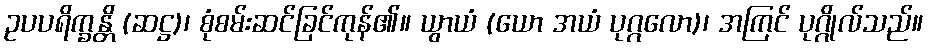
ဥပပရိက္ခန္တိ (ဆဋ္ဌ)၊ စုံစမ်းဆင်ခြင်ကုန်၏။ ယွာယံ (ယော အယံ ပုဂ္ဂလော)၊ အကြင် ပုဂ္ဂိုလ်သည်။